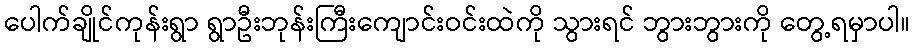
ပေါက်ချိုင်ကုန်းရွာ ရွာဦးဘုန်းကြီးကျောင်းဝင်းထဲကို သွားရင် ဘွားဘွားကို တွေ့ရမှာပါ။